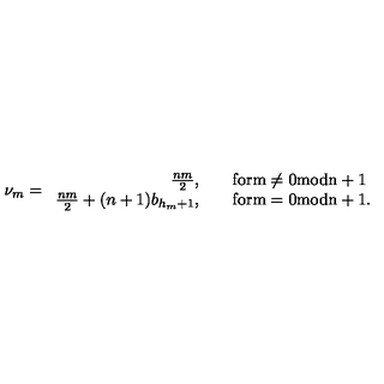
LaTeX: \nu _ { m } = \begin{array} { r l } { \frac { n m } { 2 } , } & { \quad \mathrm { f o r m \ne 0 m o d n + 1 } } \\ { \frac { n m } { 2 } + ( n + 1 ) b _ { h _ { m } + 1 } , } & { \quad \mathrm { f o r m = 0 m o d n + 1 } . } \\ \end{array}